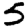
Digit: 5